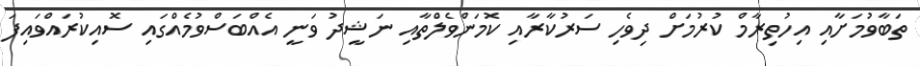
ތަބާވުމަށާއި އިހުތިރާމް ކުރުމަށް ދިވެހި ސަރުކާރާއި ކޮމަންވެލްތާއި ނަޝީދު ވަނީ އެއްބަސްވުމެއްގައި ސޮއިކުރައްވައިފަ